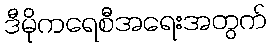
ဒီမိုကရေစီအရေးအတွက်